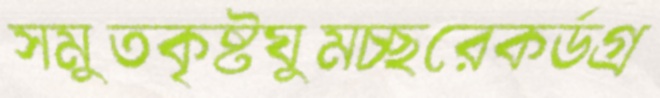
সমুতকৃষ্টঘুমচ্ছরেকর্ডগ্র